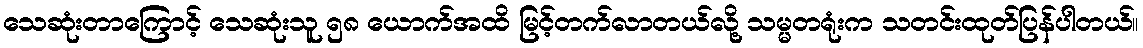
သေဆုံးတာကြောင့် သေဆုံးသူ ၅၈ ယောက်အထိ မြင့်တက်လာတယ်လို့ သမ္မတရုံးက သတင်းထုတ်ပြန်ပါတယ်။